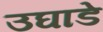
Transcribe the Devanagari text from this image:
उघाडे